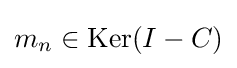
{\textstyle m_{n}\in \operatorname {Ker} (I-C)}